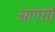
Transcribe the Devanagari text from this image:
आएसो